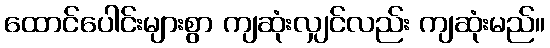
ထောင်ပေါင်းများစွာ ကျဆုံးလျှင်လည်း ကျဆုံးမည်။